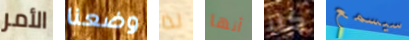
الأمر وضعنا لذا أنها كلا سيسمع